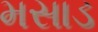
મસાડ